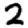
Digit: 2